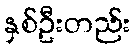
နှစ်ဦးတည်း